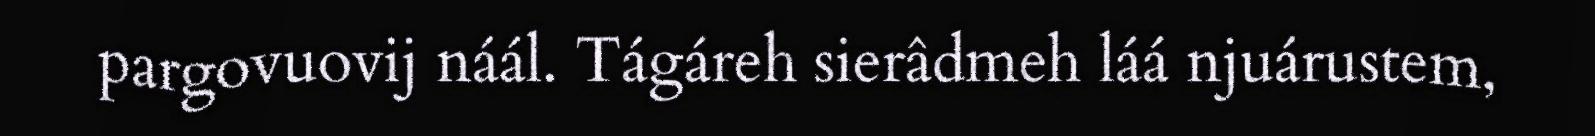
pargovuovij náál. Tágáreh sierâdmeh láá njuárustem,